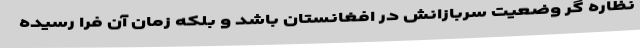
نظاره گر وضعیت سربازانش در افغانستان باشد و بلکه زمان آن فرا رسیده